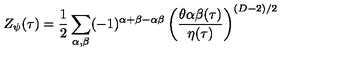
Z _ { \psi } ( \tau ) = { \frac { 1 } { 2 } } \sum _ { \alpha , \beta } ( - 1 ) ^ { \alpha + \beta - \alpha \beta } \left( { \frac { \theta { \binom { \alpha } { \beta } } ( \tau ) } { \eta ( \tau ) } } \right) ^ { ( D - 2 ) / 2 }